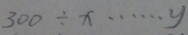
3 0 0 \div x \cdots y